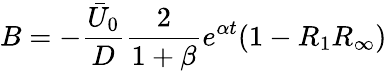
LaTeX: B=-\frac{\bar{U}_{0}}{D}\frac{2}{1+\beta}e^{\alpha t}(1-R_{1}R_{\infty})